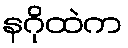
နဂိုထဲက